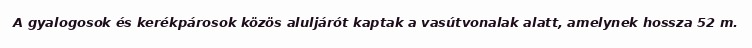
A gyalogosok és kerékpárosok közös aluljárót kaptak a vasútvonalak alatt, amelynek hossza 52 m.